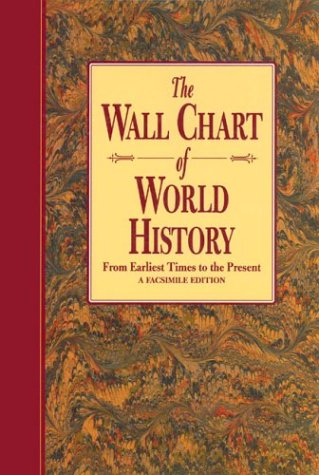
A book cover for The Wall Chart of World History: From Earliest Times to the Present, Facsimile Edition; Edward Hull; History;